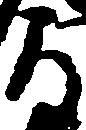
郎